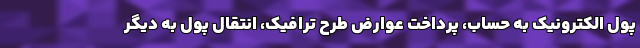
پول الکترونیک به حساب، پرداخت عوارض طرح ترافیک، انتقال پول به دیگر